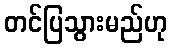
တင်ပြသွားမည်ဟု